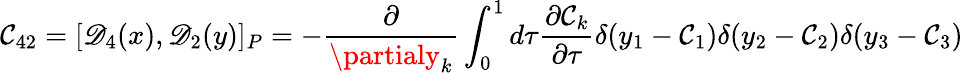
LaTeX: \mathcal{C}_{42}=[\mathscr{D}_{4}(x),\mathscr{D}_{2}(y)]_{P}=-\frac{{\partial}}{{\partialy_{k}}}\int_{0}^{1}d\tau\frac{{\partial\mathcal{C}_{k}}}{{\partial\tau}}\delta(y_{1}-\mathcal{C}_{1})\delta(y_{2}-\mathcal{C}_{2})\delta(y_{3}-\mathcal{C}_{3})